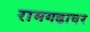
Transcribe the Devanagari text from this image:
रामगढावर